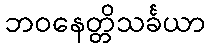
ဘဝနေတ္တိသင်္ခယာ